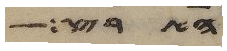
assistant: הארצות